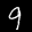
Label: 9